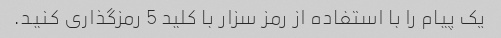
یک پیام را با استفاده از رمز سزار با کلید 5 رمزگذاری کنید.